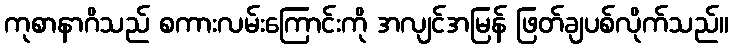
ကုစာနာဂိသည် စကားလမ်းကြောင်းကို အလျင်အမြန် ဖြတ်ချပစ်လိုက်သည်။